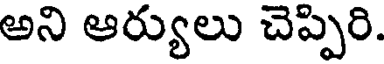
అని ఆర్యులు చెప్పిరి.